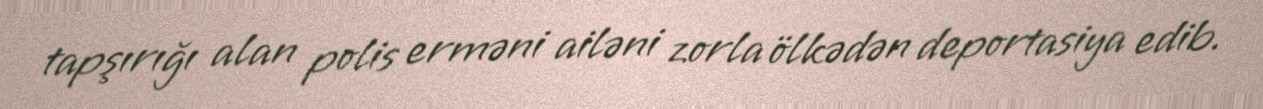
tapşırığı alan polis erməni ailəni zorla ölkədən deportasiya edib.